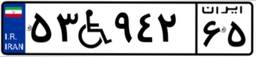
۵۳W۹۴۲۶۵